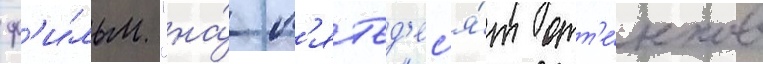
ф'и́льм "на́ п'ятьд'ес'я́т отт'е́нков